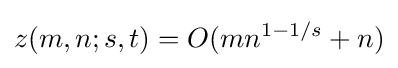
z(m,n;s,t)=O(mn^{1-1/s}+n)